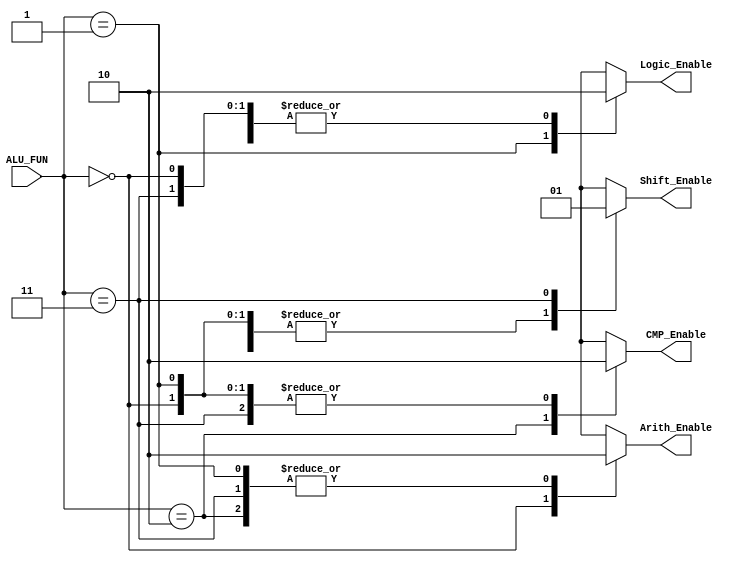
module Decoder_Unit 
  (
  input wire [1:0] ALU_FUN,
  output reg       Arith_Enable,Logic_Enable,Shift_Enable,CMP_Enable
  );
  
  always@(*)
  begin
    Arith_Enable=1'b0;
    Logic_Enable=1'b0;
    Shift_Enable=1'b0;
    CMP_Enable=1'b0;
  
    case(ALU_FUN)
      2'b00:Arith_Enable=1'b1;
      2'b01:Logic_Enable=1'b1;
      2'b10:CMP_Enable=1'b1;
      2'b11:Shift_Enable=1'b1;
    endcase
  end
endmodule

///////////////////////////////////////////////////////////////////////

module ARITHMETIC_UNIT #(parameter Width = 16) 
 (
  input wire [Width-1:0]      A,B,
  input wire                  CLK,RST,Arith_Enable,
  input wire [1:0]            ALU_FUN,
  output reg [Width-1:0]      Arith_OUT,
  output reg                  Carry_OUT,Arith_Flag
  );
  
  reg [Width-1:0] Arith_REG;
  reg             Arith_Flag_REG;
  
  always @(posedge CLK or negedge RST)
  begin
    if(!RST)
      begin
        Arith_OUT<='b0;
        Arith_Flag<=1'b0;
      end
    
    else
      begin
        Arith_Flag<=Arith_Flag_REG;
        Arith_OUT<=Arith_REG;
      end
  end 
  
  always@(*)
  begin
    if (Arith_Enable)
      begin
        Arith_Flag_REG=1'b1;
        case(ALU_FUN)
          2'b00 : {Carry_OUT, Arith_REG } = A + B ;
          2'b01 : Arith_REG = A - B;
          2'b10 : Arith_REG = A * B;
          2'b11 : Arith_REG = A / B;
        endcase
     end 
   else
     begin
      Arith_REG='b0;
      Arith_Flag_REG=1'b0;
     end  
  end
  
endmodule

////////////////////////////////////////////////////////////////////////////////////////

module LOGIC_UNIT #(parameter Width = 16)
(
  input wire [Width-1:0]      A,B,
  input wire                  CLK,RST,Logic_Enable,
  input wire [1:0]            ALU_FUN,
  output reg [Width-1:0]      Logic_OUT,
  output reg                  Logic_Flag
);
  
  reg [Width-1:0] Logic_REG;
  reg             Logic_Flag_REG;
  
  always @(posedge CLK or negedge RST)
  begin
    if(!RST)
      begin
        Logic_Flag<=1'b0;
        Logic_OUT<='b0;
      end
      
    else
      begin        
        Logic_OUT<=Logic_REG;
        Logic_Flag<=Logic_Flag_REG;
      end
      
  end 
  
  always@(*)
  begin
    if (Logic_Enable)
      begin
        Logic_Flag_REG=1'b1;
        case(ALU_FUN)
          2'b00 : Logic_REG = A & B;
          2'b01 : Logic_REG = A | B;
          2'b10 : Logic_REG = ~(A & B);
          2'b11 : Logic_REG = ~(A | B);
        endcase
     end 
   else
    begin
     Logic_REG='b0;
     Logic_Flag_REG=1'b0;
    end 
  end
endmodule

////////////////////////////////////////////////////////////////////////////////////

module SHIFT_UNIT #(parameter Width = 16)
  (
  input wire [Width-1:0]      A,B,
  input wire                  CLK,RST,Shift_Enable,
  input wire [1:0]            ALU_FUN,
  output reg [Width-1:0]      Shift_OUT,
  output reg                  Shift_Flag
);

reg [Width-1:0] Shift_REG;
reg             Shift_Flag_REG;
  
  always @(posedge CLK or negedge RST)
  begin
    if(!RST)
      begin        
        Shift_OUT<='b0;
        Shift_Flag<=1'b0;
      end
      
    else
      begin        
        Shift_OUT<=Shift_REG;
        Shift_Flag<=Shift_Flag_REG;
      end
      
  end 
  
  always@(*)
  begin
    if (Shift_Enable)
      begin
        Shift_Flag_REG=1'b1;
        case(ALU_FUN)
          2'b00 : Shift_REG = A>>1;
          2'b01 : Shift_REG = A<<1;
          2'b10 : Shift_REG = B>>1;
          2'b11 : Shift_REG = B<<1;
        endcase
     end 
   else
     begin
      Shift_REG='b0;
      Shift_Flag_REG=1'b0;
     end  
  end
endmodule

///////////////////////////////////////////////////////////////////

module CMP_UNIT #(parameter Width = 16)
 ( 
  input wire [Width-1:0]      A,B,
  input wire                  CLK,RST,CMP_Enable,
  input wire [1:0]            ALU_FUN,
  output reg [Width-1:0]      CMP_OUT,
  output reg                  CMP_Flag
);

reg [Width-1:0] CMP_REG;
reg             CMP_Flag_REG;
  
  always @(posedge CLK or negedge RST)
  begin
    if(!RST)
      begin        
        CMP_OUT<='b0;
        CMP_Flag<=1'b0;
      end
      
    else
      begin        
        CMP_OUT<=CMP_REG;
        CMP_Flag<=CMP_Flag_REG;
      end
      
  end 
  
  always@(*)
  begin
    if (CMP_Enable)
      begin
        CMP_Flag_REG=1'b1;
        case(ALU_FUN)
          2'b00:CMP_REG='b0;
          
          2'b01:
             begin
              if(A==B)
                CMP_REG='b1;
              else
                CMP_REG='b0;
              end
   
          2'b10:
             begin
              if(A>B)
                 CMP_REG='b10; 
              else
                 CMP_REG='b0;  
              end
    
          2'b11:
             begin
              if(A<B) 
                 CMP_REG='b11;
              else 
                 CMP_REG='b0;   
              end
   
        endcase
      end 
   else
    begin
     CMP_REG='b0;
     CMP_Flag_REG=1'b0;  
    end  
  end
endmodule

////////////////////////////////////////////////////////////////////

module ALU_TOP #(parameter Width = 16)
  (
  input wire [Width-1:0]       A,B,
  input wire                   CLK,RST,
  input wire   [3:0]            ALU_FUN,
  output wire  [Width-1:0]      Arith_OUT,Logic_OUT,CMP_OUT,Shift_OUT,
  output wire                  Carry_OUT,Arith_Flag,Logic_Flag,CMP_Flag,Shift_Flag
  );
  
  //internal signals
  wire  Arith_Enable,Logic_Enable,Shift_Enable,CMP_Enable;
  
  
  
  Decoder_Unit u_Decoder
  (
  .ALU_FUN(ALU_FUN[3:2]),
  .Arith_Enable(Arith_Enable),
  .Logic_Enable(Logic_Enable),
  .Shift_Enable(Shift_Enable),
  .CMP_Enable(CMP_Enable)
  );
  
  ARITHMETIC_UNIT u_Arith_Unit
  (
  .A(A),
  .B(B),
  .CLK(CLK),
  .RST(RST),
  .Arith_Enable(Arith_Enable),
  .ALU_FUN(ALU_FUN[1:0]),
  .Arith_OUT(Arith_OUT),
  .Carry_OUT(Carry_OUT),
  .Arith_Flag(Arith_Flag)
  );
  
  LOGIC_UNIT u_Logic_Unit
  (
  .A(A),
  .B(B),
  .CLK(CLK),
  .RST(RST),
  .Logic_Enable(Logic_Enable),
  .ALU_FUN(ALU_FUN[1:0]),
  .Logic_OUT(Logic_OUT),
  .Logic_Flag(Logic_Flag)
  );
  
  SHIFT_UNIT u_Shift_Unit
  (
  .A(A),
  .B(B),
  .CLK(CLK),
  .RST(RST),
  .Shift_Enable(Shift_Enable),
  .ALU_FUN(ALU_FUN[1:0]),
  .Shift_OUT(Shift_OUT),
  .Shift_Flag(Shift_Flag)
  );
  
  CMP_UNIT u_CMP_Unit
  (
  .A(A),
  .B(B),
  .CLK(CLK),
  .RST(RST),
  .CMP_Enable(CMP_Enable),
  .ALU_FUN(ALU_FUN[1:0]),
  .CMP_OUT(CMP_OUT),
  .CMP_Flag(CMP_Flag)
  );
  
endmodule